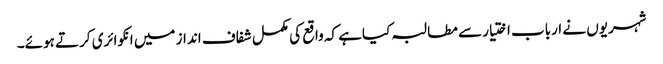
شہریوں نے ارباب اختیار سے مطالبہ کیاہے کہ واقع کی مکمل شفاف انداز میں انکوائری کرتے ہوئے۔